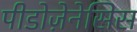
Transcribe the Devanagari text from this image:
पीडोज़ेनेसिस